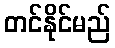
တင်နိုင်မည်